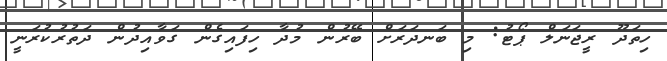
ހިތަދޫ ރީޖަނަލް ޕޯޓު: މި ބަނދަރަށް ބޭރުން މުދާ ހިފައިގެން ގަވާއިދުން ދަތުރުކުރަނީ